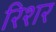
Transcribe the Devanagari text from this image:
रिशर